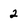
Character: 2